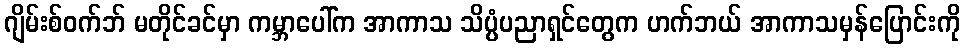
ဂျိမ်းစ်ဝက်ဘ် မတိုင်ခင်မှာ ကမ္ဘာပေါ်က အာကာသ သိပ္ပံပညာရှင်တွေက ဟက်ဘယ် အာကာသမှန်ပြောင်းကို